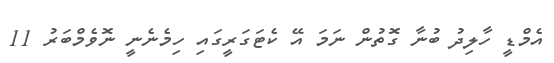
އެމްޑީ ހާލިދު ބުނާ ގޮތުން ނަމަ އޭ ކެޓަގަރީގައި ހިމެނެނީ ނޮވެމްބަރު 11